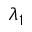
\lambda _ { 1 }